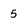
Character: 5